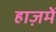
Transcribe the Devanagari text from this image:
हाज़में